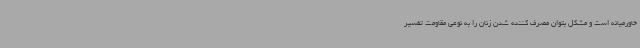
خاورمیانه است و مشکل بتوان مصرف کننده شدن زنان را به نوعی مقاومت تفسیر